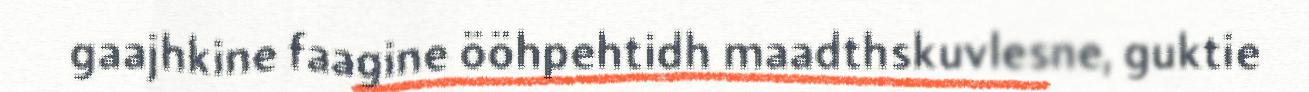
gaajhkine faagine ööhpehtidh maadthskuvlesne, guktie